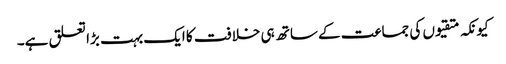
کیونکہ متقیوں کی جماعت کے ساتھ ہی خلافت کا ایک بہت بڑا تعلق ہے۔